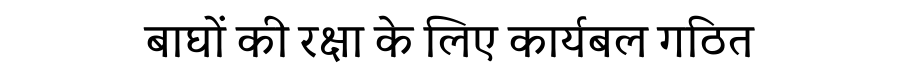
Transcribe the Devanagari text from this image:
बाघों की रक्षा के लिए कार्यबल गठित